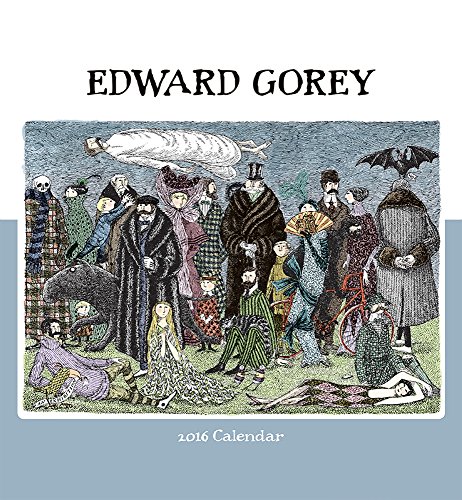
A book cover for Edward Gorey 2016 Calendar; Edward Gorey; Calendars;